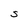
Character: S